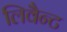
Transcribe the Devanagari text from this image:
लिवैन्ट